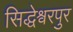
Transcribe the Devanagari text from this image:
सिद्धेश्वरपुर